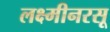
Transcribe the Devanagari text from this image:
लक्ष्मीनरसू